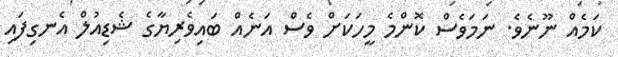
ކަމެއް ނޫނެވެ. ނަމަވެސް ކޮންމެ މީހަކަށް ވެސް އަނެއް ބައިވެރިޔާގެ ޝެޑިއުލް އެނގިފައި